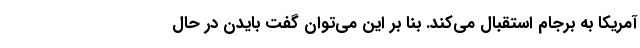
آمریکا به برجام استقبال می‌کند. بنا بر این می‌توان گفت بایدن در حال